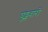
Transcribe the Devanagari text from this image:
घुड्सवारों